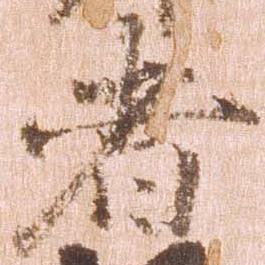
者